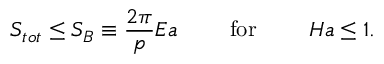
S _ { t o t } \leq S _ { B } \equiv { \frac { 2 \pi } { p } } E a \ \ \ \ \ \ \ \mathrm { f o r } \ \ \ \ \ \ \ H a \leq 1 .